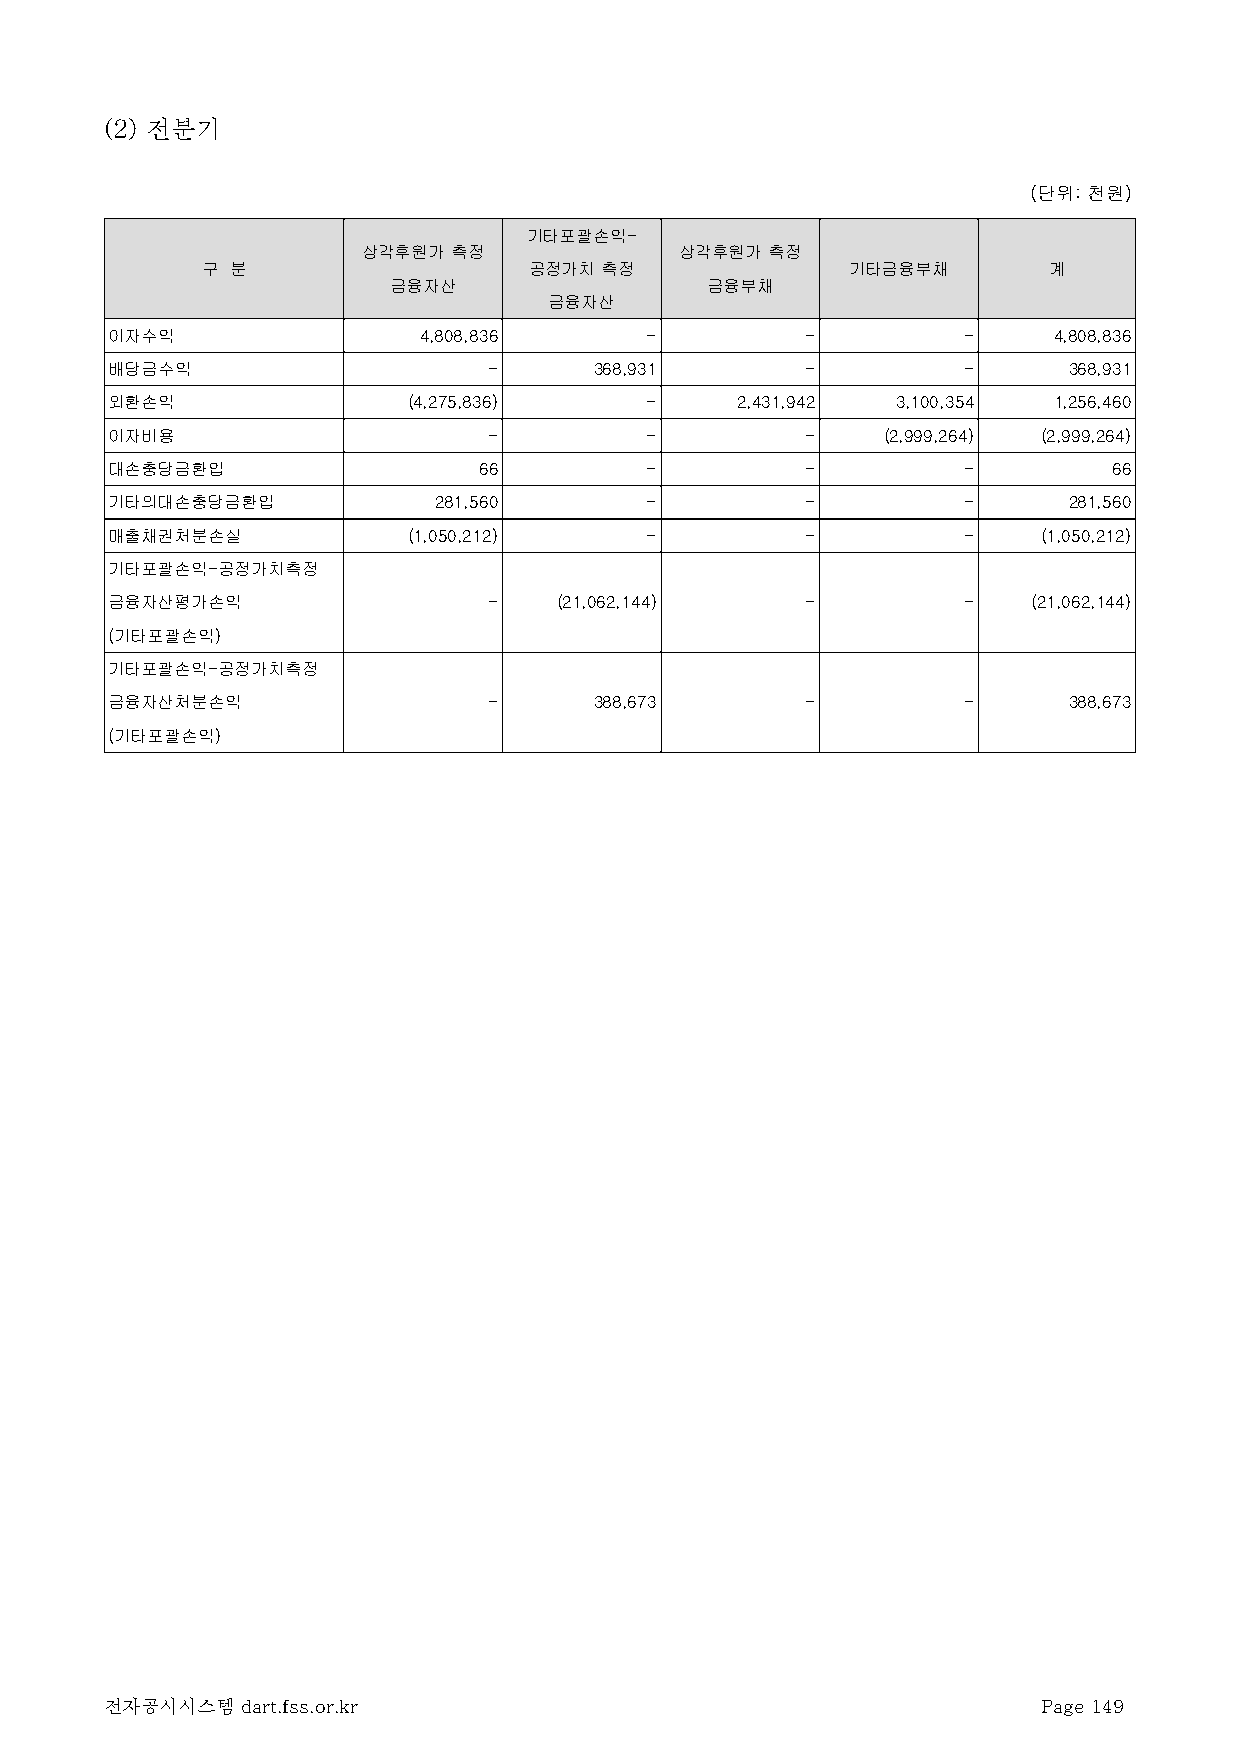
(2) 전분기
 (단위: 천원)
 기타포괄손익-
 상각후원가 측정             상각후원가 측정
 구 분                   공정가치 측정              기타금융부채       계
 금융자산                 금융부채
 금융자산
 이자수익                 4,808,836      -         -          -     4,808,836
 배당금수익                    -      368,931       -          -      368,931
 외환손익                (4,275,836)     -     2,431,942 3,100,354  1,256,460
 이자비용                     -          -         -    (2,999,264) (2,999,264)
 대손충당금환입                  66         -         -          -         66
 기타의대손충당금환입            281,560       -         -          -      281,560
 매출채권처분손실            (1,050,212)     -         -          -    (1,050,212)
 기타포괄손익-공정가치측정
 금융자산평가손익                 -    (21,062,144)    -          -   (21,062,144)
 (기타포괄손익)
 기타포괄손익-공정가치측정
 금융자산처분손익                 -      388,673       -          -      388,673
 (기타포괄손익)
 전자공시시스템  dart.fss.or.kr                                       Page 149